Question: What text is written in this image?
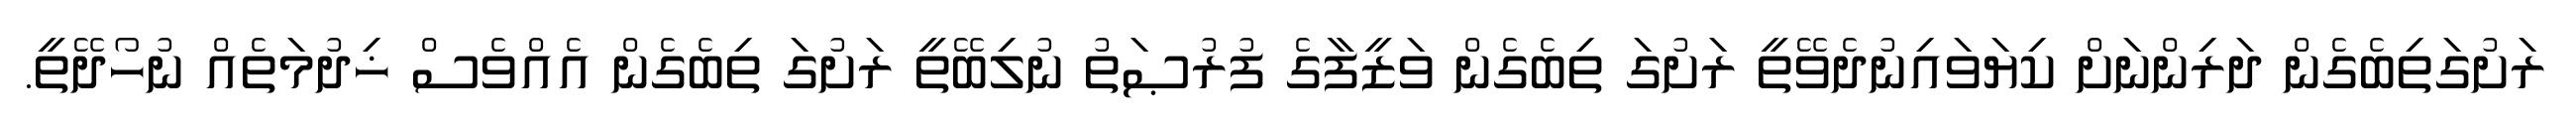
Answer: ރަށުގަތިބެގެން ދަރިންނަށް ކިޔަވައިނުދެވޭތީ ރަށުގަ ތިބެގެން ވަޒީފާގެ ފުރުޞަތު ނުލިބޭތީ ރަށުގަ ތިބެގެން އެއްވެސް ޚިދުމަތެއް ނުހޯދޭތީ.